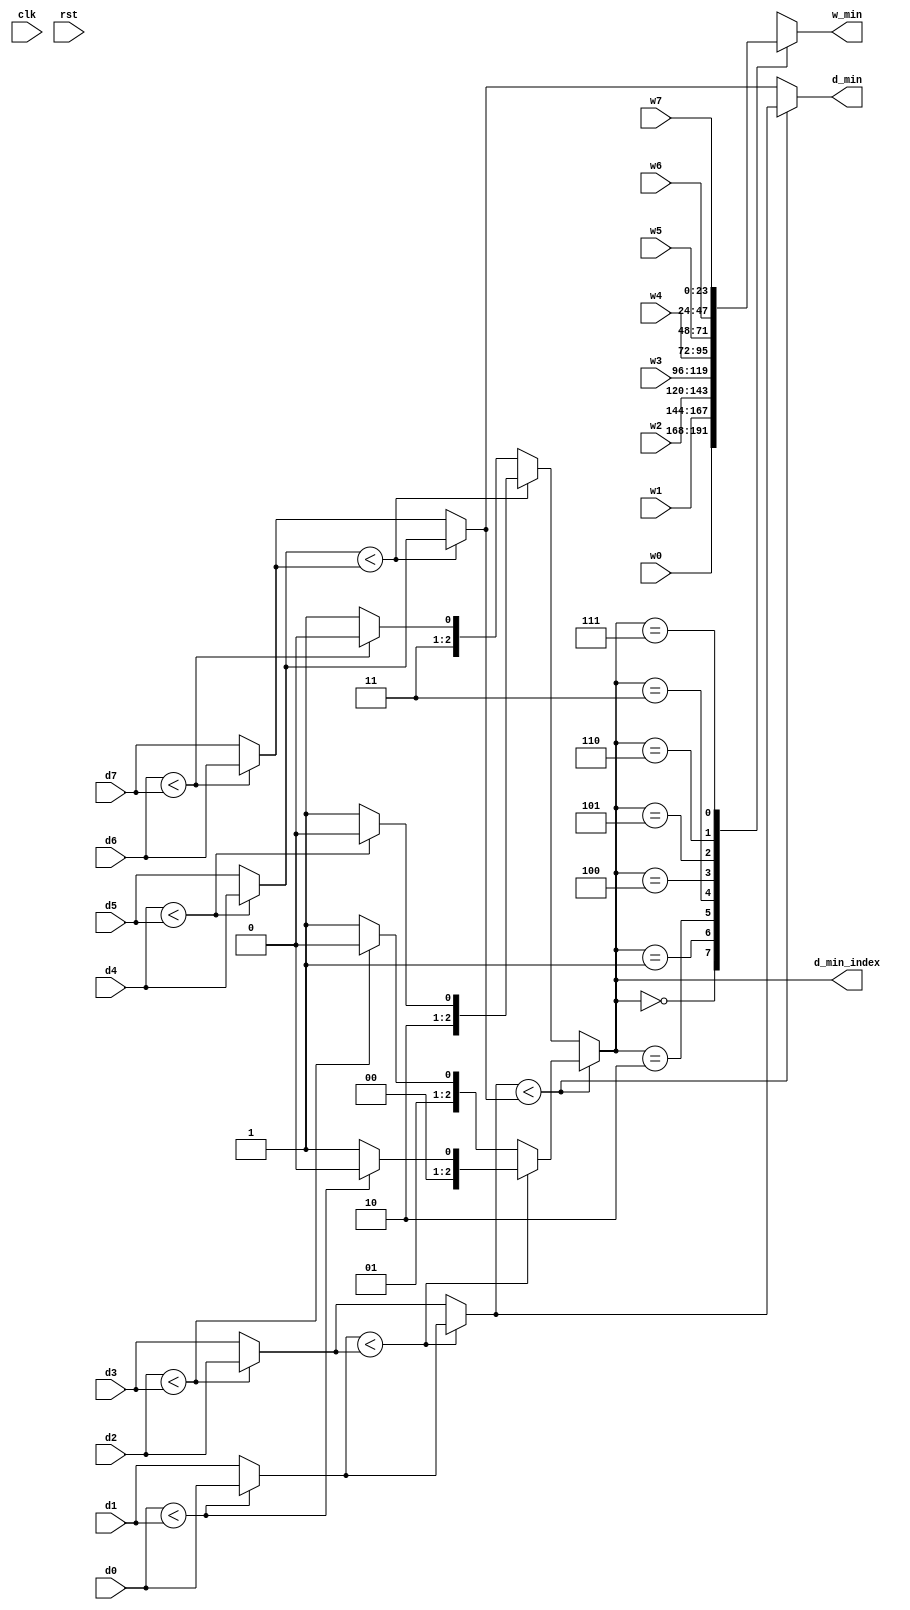
/////////////////////////////////////////////////////////////////////
// ---------------------- IVCAD 2022 Spring ---------------------- //
// ---------------------- Version : v.1.10  ---------------------- //
// ---------------------- Date : 2022.04.13 ---------------------- //
// ------------------------ MIN_1 module --------------------------//
// ----------------- Feb. 2022 Willie authored --------------------//
/////////////////////////////////////////////////////////////////////

module MIN_1(clk,rst,d0,d1,d2,d3,d4,d5,d6,d7,w0,w1,w2,w3,w4,w5,w6,w7,d_min,d_min_index,w_min);

// ---------------------- input  ---------------------- //
	input clk;
	input rst;
	input [10:0] d0;
	input [10:0] d1;
	input [10:0] d2;
	input [10:0] d3;
	input [10:0] d4;
	input [10:0] d5;
	input [10:0] d6;
	input [10:0] d7;
	input [23:0] w0;
	input [23:0] w1;
	input [23:0] w2;
	input [23:0] w3;
	input [23:0] w4;
	input [23:0] w5;
	input [23:0] w6;
	input [23:0] w7;
	
// ---------------------- output  ---------------------- //
	output reg [10:0] d_min;
	output reg [2:0]  d_min_index;
	output reg [23:0] w_min;

// ---------------------- Write down Your design below  ---------------------- //
parameter [2:0] id_0=3'd0,id_1=3'd1,id_2=3'd2,id_3=3'd3,id_4=3'd4,id_5=3'd5,id_6=3'd6,id_7=3'd7;
reg [10:0] min1,min2,min3,min4,min11,min22,min33;
reg [2:0] id1,id2,id3,id4,id11,id22,id33;
    always@(*)begin
       if(d0<d1)begin
          min1=d0;
          id1=id_0;
       end
       else begin
          min1=d1;
          id1=id_1;     
       end
    end
    always@(*)begin
       if(d2<d3)begin
          min2=d2;
          id2=id_2;
       end
       else begin
          min2=d3;
          id2=id_3;

       end
    end
    always@(*)begin
       if(d4<d5)begin
          min3=d4;
          id3=id_4;
       end
       else begin
          min3=d5;
          id3=id_5;
       end
    end
    always@(*)begin
       if(d6<d7)begin
          min4=d6;
          id4=id_6;
       end
       else begin
          min4=d7;
          id4=id_7;
       end
    end
    always@(*)begin
       if(min1<min2)begin
          min11=min1;
          id11=id1;
       end
       else begin
          min11=min2;
          id11=id2;
       end
    end
    always@(*)begin
       if(min3<min4)begin
          min22=min3;
          id22=id3;
       end
       else begin
          min22=min4;
          id22=id4;
       end
    end
    always@(*)begin
       if(min11<min22)begin
          min33=min11;
          id33=id11;
       end
       else begin
          min33=min22;
          id33=id22;
       end
    end
   always@(*)begin
      
         d_min= min33;
    
    end
    always@(*)begin            
       d_min_index=id33;       
    end

    always@(*)begin
       case(d_min_index)
          3'd0:w_min=w0;
          3'd1:w_min=w1;
          3'd2:w_min=w2;
          3'd3:w_min=w3;
          3'd4:w_min=w4;
          3'd5:w_min=w5;
          3'd6:w_min=w6;
          3'd7:w_min=w7;       
       endcase
    end
endmodule